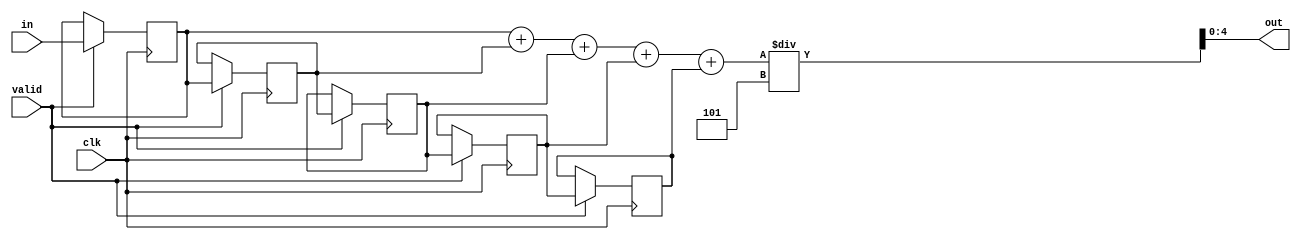
module exp(clk, valid, in, out);
  (* src = "experiment.v:13" *)
  wire [4:0] _00_;
  (* src = "experiment.v:13" *)
  wire [4:0] _01_;
  (* src = "experiment.v:13" *)
  wire [4:0] _02_;
  (* src = "experiment.v:13" *)
  wire [4:0] _03_;
  (* src = "experiment.v:13" *)
  wire [4:0] _04_;
  wire [8:0] _05_;
  wire [5:0] _06_;
  wire [6:0] _07_;
  wire [4:0] _08_;
  (* src = "experiment.v:21" *)
  wire [31:0] _09_;
  (* src = "experiment.v:21" *)
  (* unused_bits = "0 1 2 3 4 5 6 7 8 9 10 11 12 13 14 15 16 17 18 19 20 21 22 23 24 25 26 27 28 29 30 31" *)
  wire [31:0] _10_;
  (* src = "experiment.v:2" *)
  input clk;
  (* src = "experiment.v:3" *)
  input [4:0] in;
  (* src = "experiment.v:5" *)
  output [4:0] out;
  (* src = "experiment.v:7" *)
  reg [4:0] reg1;
  (* src = "experiment.v:8" *)
  reg [4:0] reg2;
  (* src = "experiment.v:9" *)
  reg [4:0] reg3;
  (* src = "experiment.v:10" *)
  reg [4:0] reg4;
  (* src = "experiment.v:11" *)
  reg [4:0] reg5;
  (* src = "experiment.v:4" *)
  input valid;
  assign _05_ = { _09_[7:5], _08_ } + (* src = "experiment.v:21" *) reg5;
  assign _06_ = reg1 + (* src = "experiment.v:21" *) reg2;
  assign _07_ = _06_ + (* src = "experiment.v:21" *) reg3;
  assign { _09_[7:5], _08_ } = _07_ + (* src = "experiment.v:21" *) reg4;
  assign { _10_[31:5], out } = { 23'b00000000000000000000000, _05_ } / (* src = "experiment.v:21" *) 32'd5;
  always @(posedge clk)
      reg1 <= _00_;
  always @(posedge clk)
      reg2 <= _01_;
  always @(posedge clk)
      reg3 <= _02_;
  always @(posedge clk)
      reg4 <= _03_;
  always @(posedge clk)
      reg5 <= _04_;
  assign _00_ = valid ? (* src = "experiment.v:14" *) in : reg1;
  assign _01_ = valid ? (* src = "experiment.v:15" *) reg1 : reg2;
  assign _02_ = valid ? (* src = "experiment.v:16" *) reg2 : reg3;
  assign _03_ = valid ? (* src = "experiment.v:17" *) reg3 : reg4;
  assign _04_ = valid ? (* src = "experiment.v:18" *) reg4 : reg5;
endmodule